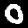
Label: 0